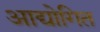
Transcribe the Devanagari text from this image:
आद्योगित